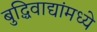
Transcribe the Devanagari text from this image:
बुद्धिवाद्यांंमध्ये